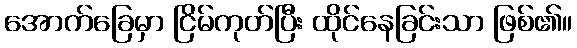
အောက်ခြေမှာ ငြိမ်ကုတ်ပြီး ထိုင်နေခြင်းသာ ဖြစ်၏။